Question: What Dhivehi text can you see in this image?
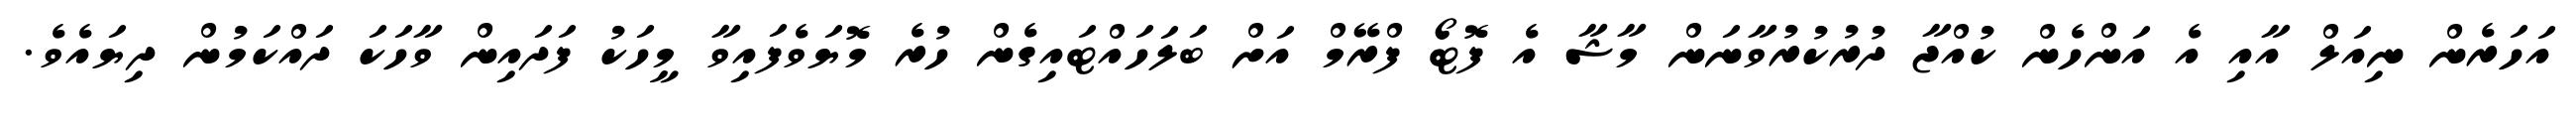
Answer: އަހަރެން ނިއަލް އާއި އެ އަންހެން ކުއްޖާ ދުރުކުރުވާނަން މާޝާ އެ ފޮޓޯ ފްރޭމް އަށް ބަލަހައްޓައިގެން ހުރެ މޮޔަވެފައިވާ މީހަކު ފަދައިން ވާހަކަ ދައްކަމުން ދިޔައެވެ.